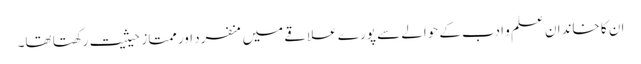
ان کا خاندان علم و ادب کے حوالے سے پورے علاقے میں منفرد اور ممتاز حیثیت رکھتا تھا۔